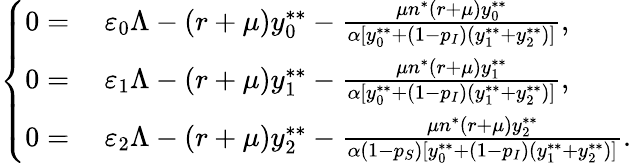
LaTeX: \left\{ \begin{array}{rl}{0=}&{{}~\varepsilon_{0}\Lambda-(r+\mu)y_{0}^{**}-\frac{\mu n^{*}(r+\mu)y_{0}^{**}}{\alpha[y_{0}^{**}+(1-p_{I})(y_{1}^{**}+y_{2}^{**})]},}\\ {0=}&{{}~\varepsilon_{1}\Lambda-(r+\mu)y_{1}^{**}-\frac{\mu n^{*}(r+\mu)y_{1}^{**}}{\alpha[y_{0}^{**}+(1-p_{I})(y_{1}^{**}+y_{2}^{**})]},}\\ {0=}&{{}~\varepsilon_{2}\Lambda-(r+\mu)y_{2}^{**}-\frac{\mu n^{*}(r+\mu)y_{2}^{**}}{\alpha(1-p_{S})[y_{0}^{**}+(1-p_{I})(y_{1}^{**}+y_{2}^{**})]}.}\end{array}\right.